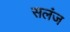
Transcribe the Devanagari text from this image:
सलंज